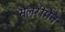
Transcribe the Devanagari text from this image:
सैलरीमैन